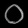
Digit: ၀